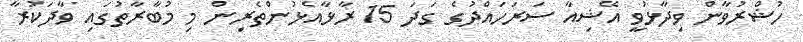
ހުޝްރުވާން ވިދާޅުވީ އޭޝިއާ ސަރަހައްދުގެ ގަދަ 15 ރާޅާއެޅުންތެރިން މި މުބާރާތުގައި ވާދަކުރާ